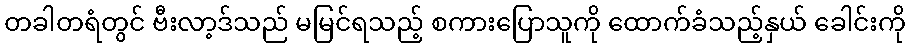
တခါတရံတွင် ဗီးလာ့ဒ်သည် မမြင်ရသည့် စကားပြောသူကို ထောက်ခံသည့်နှယ် ခေါင်းကို